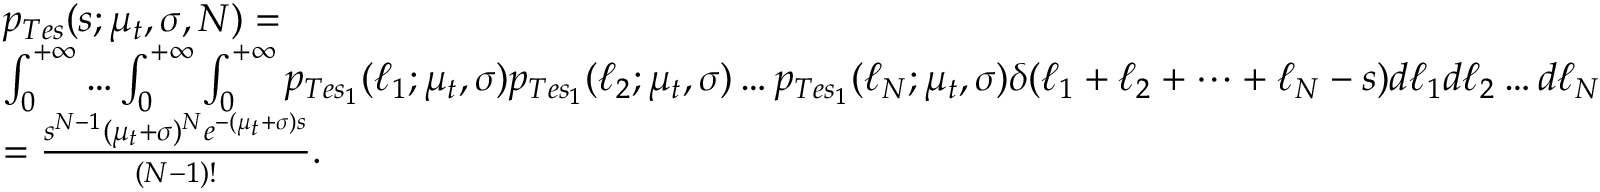
\begin{array} { r l } & { p _ { T e s } ( s ; \mu _ { t } , \sigma , N ) = } \\ & { \int _ { 0 } ^ { + \infty } \dots \int _ { 0 } ^ { + \infty } \int _ { 0 } ^ { + \infty } p _ { T e s _ { 1 } } ( \ell _ { 1 } ; \mu _ { t } , \sigma ) p _ { T e s _ { 1 } } ( \ell _ { 2 } ; \mu _ { t } , \sigma ) \dots p _ { T e s _ { 1 } } ( \ell _ { N } ; \mu _ { t } , \sigma ) \delta ( \ell _ { 1 } + \ell _ { 2 } + \dots + \ell _ { N } - s ) d \ell _ { 1 } d \ell _ { 2 } \dots d \ell _ { N } } \\ & { = \frac { s ^ { N - 1 } ( \mu _ { t } + \sigma ) ^ { N } e ^ { - ( \mu _ { t } + \sigma ) s } } { ( N - 1 ) ! } . } \end{array}